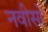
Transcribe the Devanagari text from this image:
नवीसों